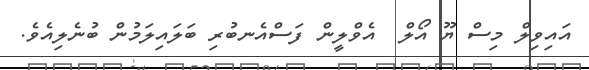
އައިވިލް މިސް ޔޫ އޯލް  އެވްލީން ފަސްއެނބުރި ބަލައިލަމުން ބުނެލިއެވެ.